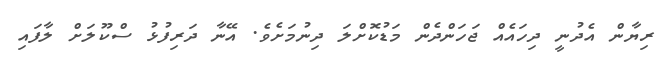
ރިޔާން އެދުނީ ދިހައެއް ޖަހަންދެން މަޑުކޮށްލަ ދިނުމަށެވެ. އޭނާ ދަރިފުޅު ސްކޫލަށް ލާފައި